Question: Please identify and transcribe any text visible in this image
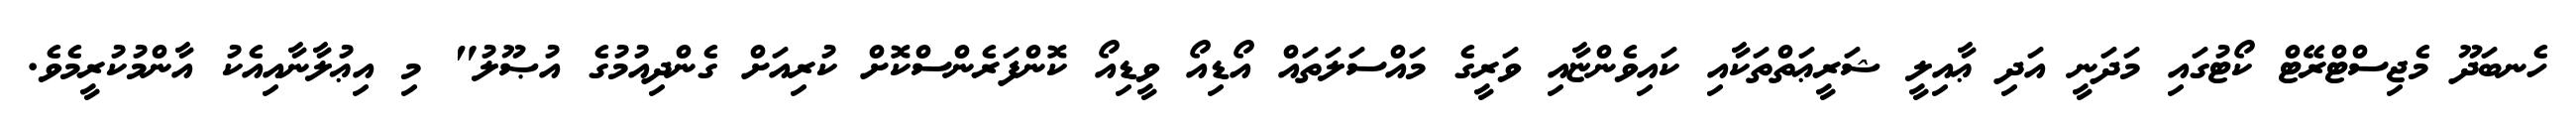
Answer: ހެނބަދޫ މެޖިސްޓްރޭޓް ކޯޓުގައި މަދަނީ އަދި ޢާއިލީ ޝަރީޢަތްތަކާއި ކައިވެންޏާއި ވަރީގެ މައްސަލަތައް އޯޑިއޯ ވީޑިއޯ ކޮންފަރެންސްކޮށް ކުރިއަށް ގެންދިއުމުގެ އުޞޫލު" މި އިޢުލާނާއިއެކު އާންމުކުރީމެވެ.